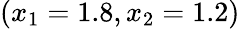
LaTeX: (x_{1}=1.8,x_{2}=1.2)